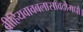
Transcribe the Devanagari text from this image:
ब्रीहियवावबलासावदोमधौ।